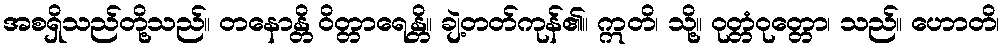
အစရှိသည်တို့သည်။ တနောန္တိ ဝိတ္တာရေန္တိ။ ချဲ့တတ်ကုန်၏။ ဣတိ၊ သို့။ ဝုတ္တံဝုတ္တော၊ သည်။ ဟောတိ၊